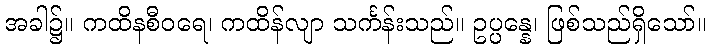
အခါ၌။ ကထိနစီဝရေ၊ ကထိန်လျာ သင်္ကန်းသည်။ ဥပ္ပန္နေ၊ ဖြစ်သည်ရှိသော်။